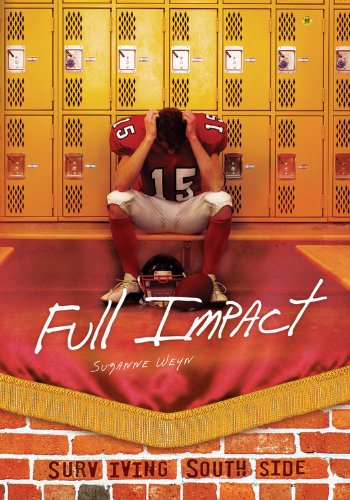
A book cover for Full Impact (Surviving Southside); Suzanne Weyn; Teen & Young Adult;